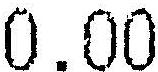
0.00